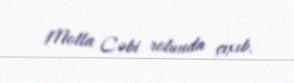
Molla Cəbi rolunda çıxıb.